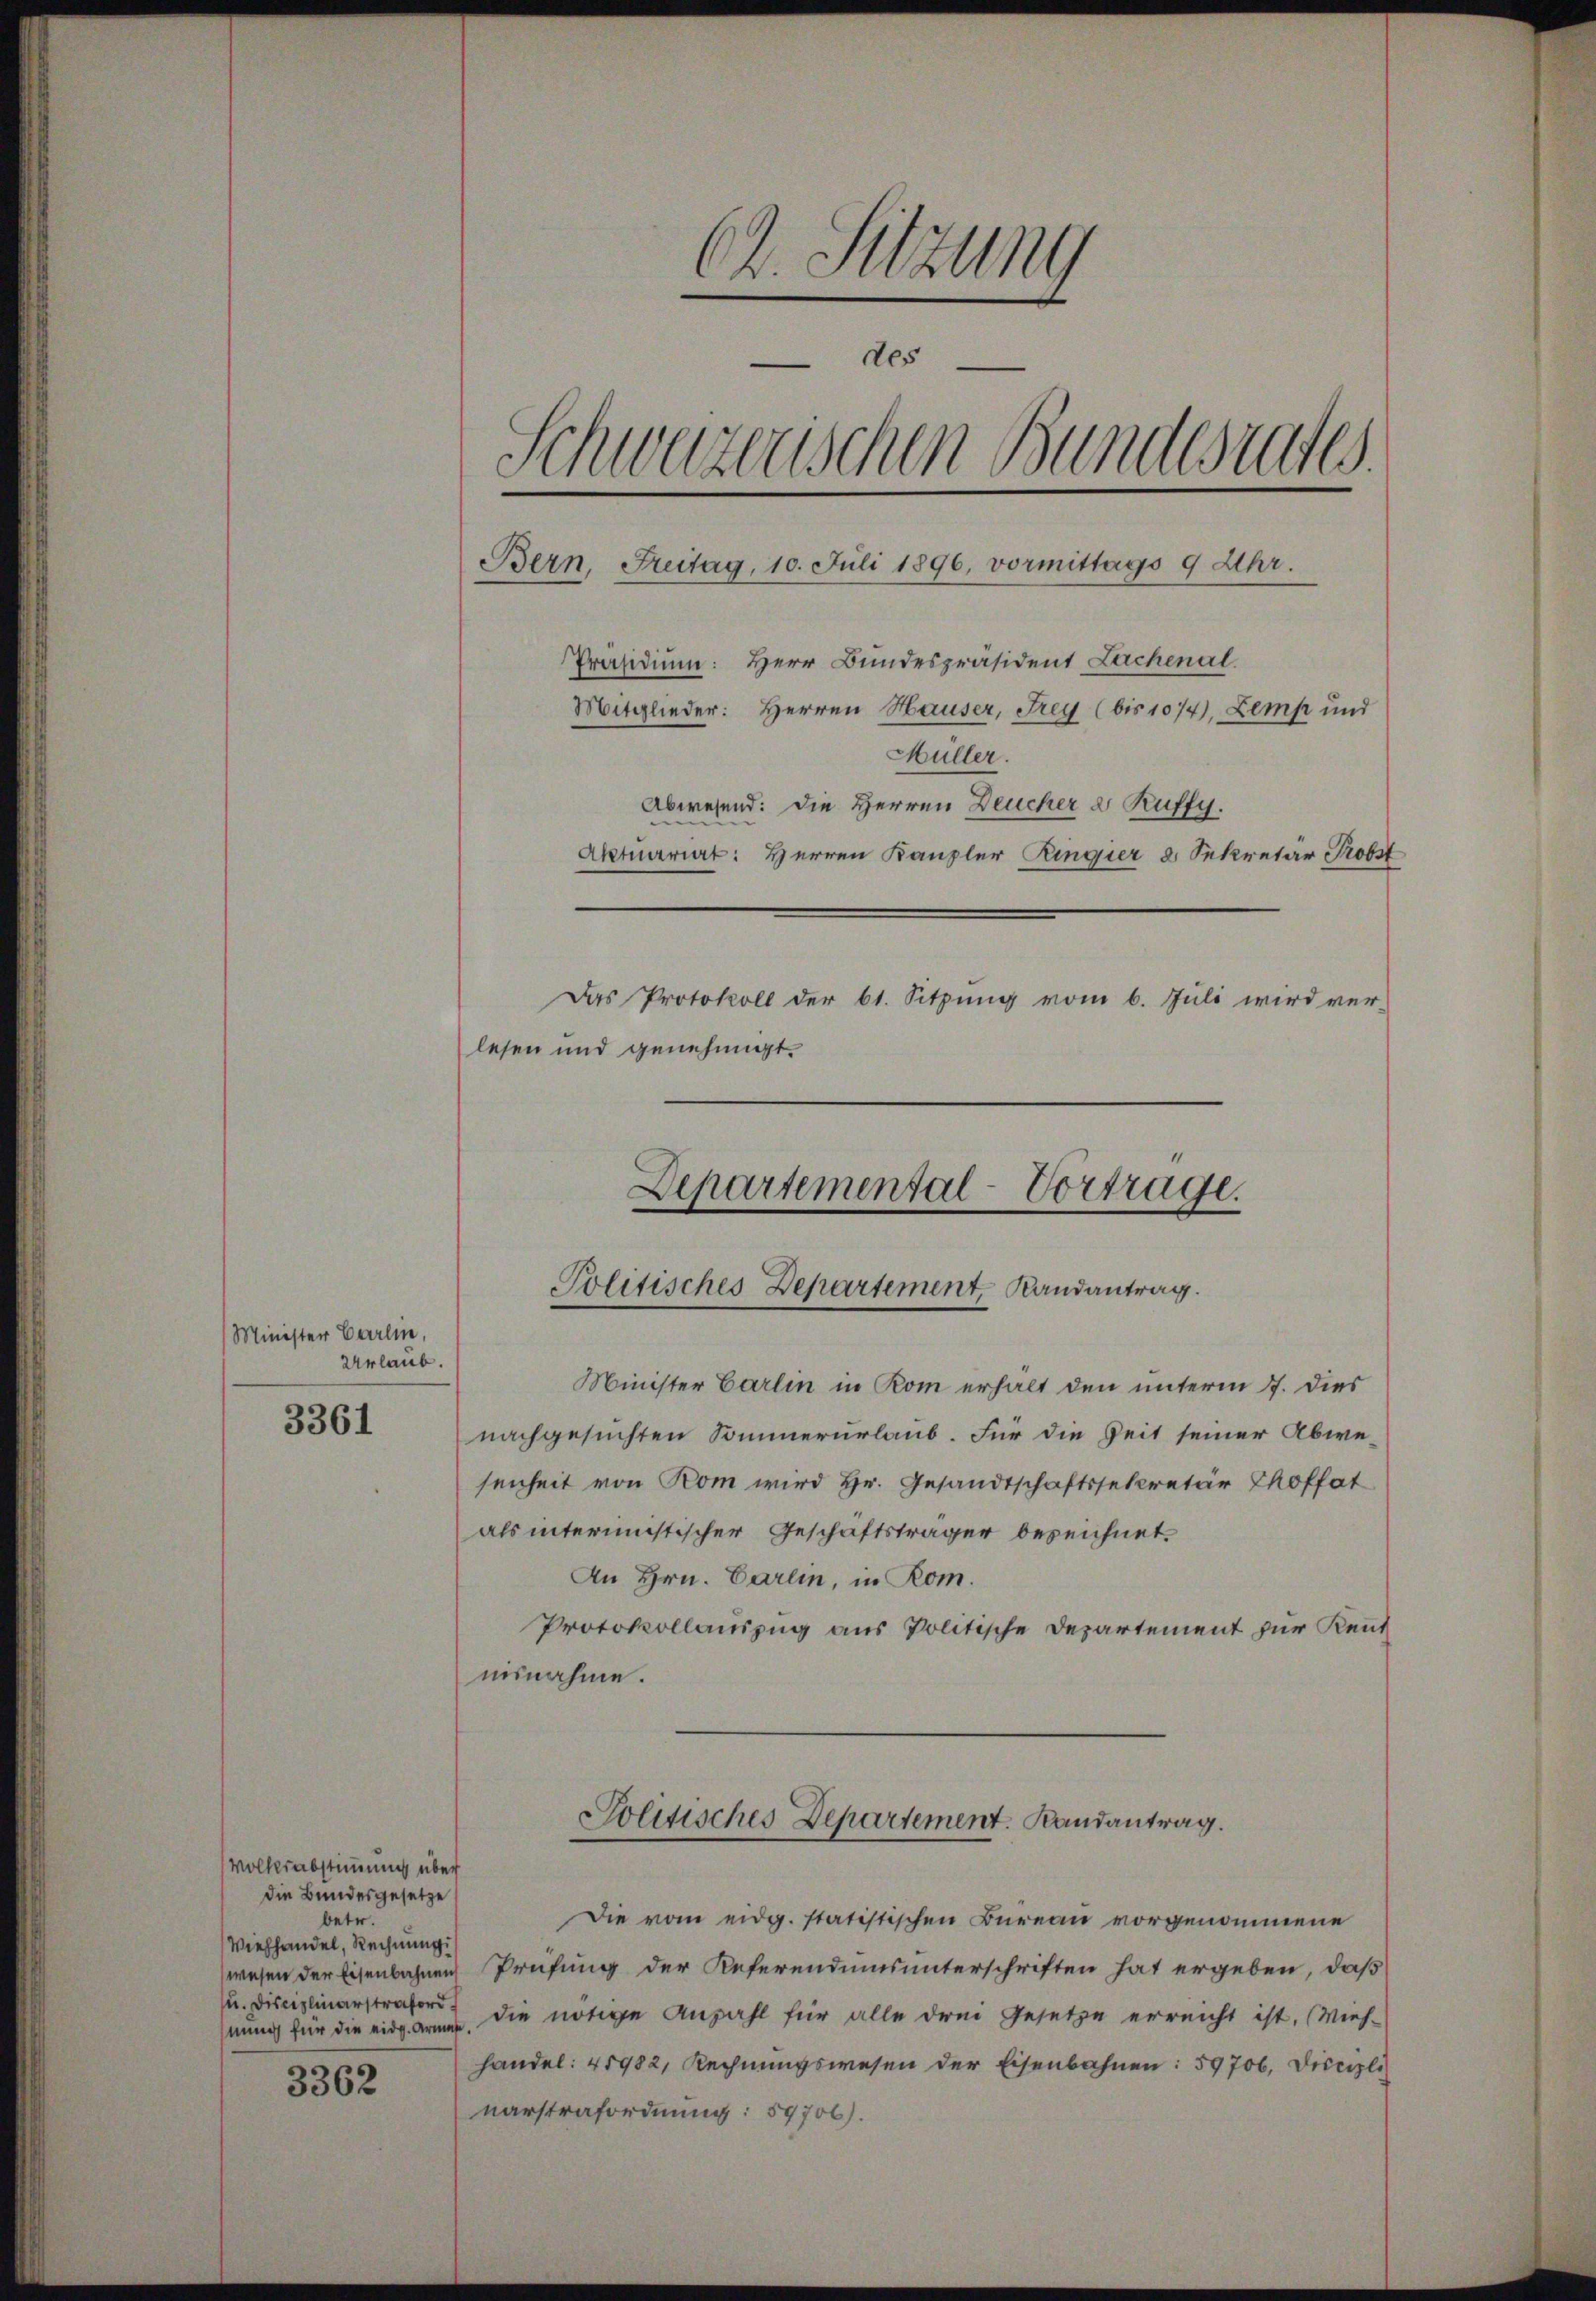
Minister Carlin,
Urlaub.

3361

Volksabstimmung über
die Bundesgesetze
betr.
Viehhandel, Rechnung
u. Disciplinarstraford
mung für die eidg. Armes
3362

C. Sitzung
des
Schwazenschen Bundesrates.
Bern, Freitag, 10. Juli 1896, vormittags 9 Uhr.
Präsidium: Herr Bundespräsident Lachenal
Mitglieder: Herren Hauser, Frey (bis 1074), Zemp und
Müller.
Abwesend: Die Herren Deucher a Ruffy.
Aktuariat: Herren Kanzler Ringier 8. Sekretär Probst
Das Protokoll der 61. Sitzung vom 6. Juli wird ver-
lesen und genehmigt.

Minister Carlin in Rom erhält den unterm 7. dies
nachgesuchten Sommerurlaub. Für die Zeit seiner Abwesenheit von Rom wird Hr. Gesandtschaftssekretär hoffat
als intermistischer Geschäftsträger bezeichnet.
An Hrn. Carlin, in Rom.
Protokollauszug aus Politische Departement zur Kennt
nisnahme.

Departemental-Vortrage.
Politisches Departement, Landantrag.

Die vom eidg. statistischen Bureau vorgenommene
wesen der Eisenbahnen Prüfung der Referendumsunterschriften hat ergeben, daß
die nötige Anzahl für alle drei Gesetze erreicht ist. (Wieh-
handel: 41982, Rechnungswesen der Eisenbahnen: 59706, Discipli
narstrafordnung: 59706).

Solitisches Departement. Randantrag.